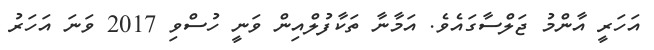
އަހަރީ އާންމު ޖަލްސާގައެވެ. އަމާނާ ތަކާފުލްއިން ވަނީ ހުސްވި 2017 ވަނަ އަހަރު